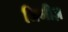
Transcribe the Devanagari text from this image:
जिमीज़